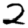
Digit: 2